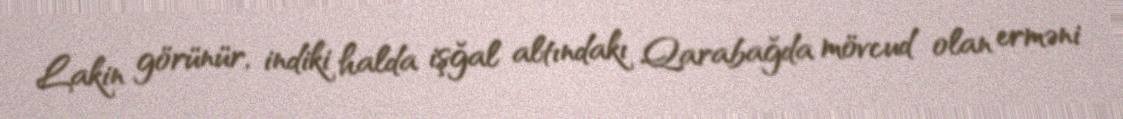
Lakin görünür, indiki halda işğal altındakı Qarabağda mövcud olan erməni